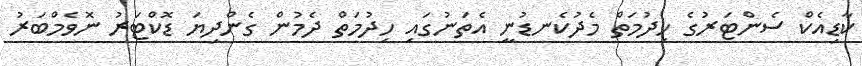
ކާޑިއެކް ސެންޓަރުގެ ހިދުމަތް މެދުކެނޑުނީ އެތަނުގައި ހިދުމަތް ދެމުން ގެންދިޔަ ޑޮކްޓަރު ނޮވެމްބަރު